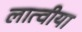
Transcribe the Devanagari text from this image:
लात्वीया